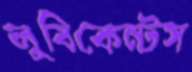
লুবিকেন্টস